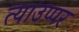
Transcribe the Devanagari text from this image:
त्याउप्पर